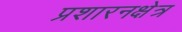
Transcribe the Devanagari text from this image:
प्रशारनक्षेत्र